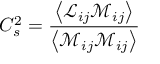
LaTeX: C _ { s } ^ { 2 } = { \frac { \left\langle { \mathcal { L } } _ { i j } { \mathcal { M } } _ { i j } \right\rangle } { \left\langle { \mathcal { M } } _ { i j } { \mathcal { M } } _ { i j } \right\rangle } }